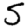
Digit: 5